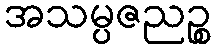
အသမ္ပဇညဉ္စ